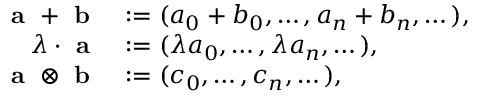
\begin{array} { r l } { \textbf { a } + \textbf { b } } & { : = ( a _ { 0 } + b _ { 0 } , \dots , a _ { n } + b _ { n } , \dots ) , } \\ { \lambda \cdot \textbf { a } } & { : = ( \lambda a _ { 0 } , \dots , \lambda a _ { n } , \dots ) , } \\ { \textbf { a } \otimes \textbf { b } } & { : = ( c _ { 0 } , \dots , c _ { n } , \dots ) , } \end{array}